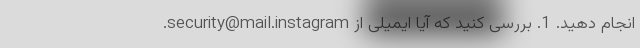
انجام دهید. 1. بررسی کنید که آیا ایمیلی از security@mail.instagram.